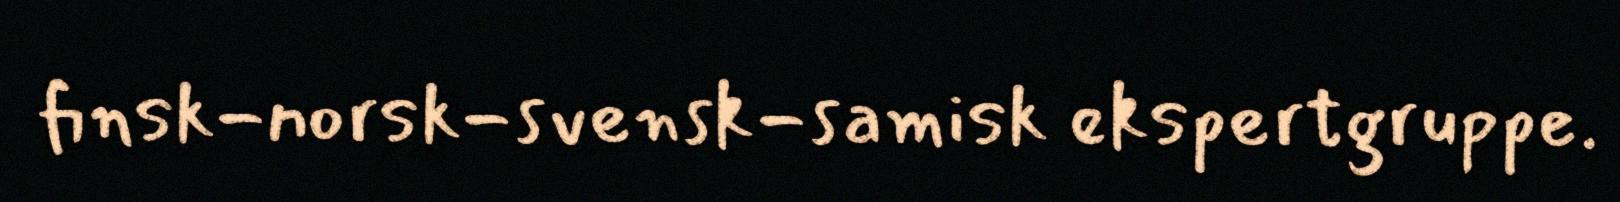
finsk-norsk-svensk-samisk ekspertgruppe.